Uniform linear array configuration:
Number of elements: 24
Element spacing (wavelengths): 0.75
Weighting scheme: kaiser
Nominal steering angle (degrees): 45
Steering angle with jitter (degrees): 45.081
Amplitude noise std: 0.05
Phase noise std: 0.05

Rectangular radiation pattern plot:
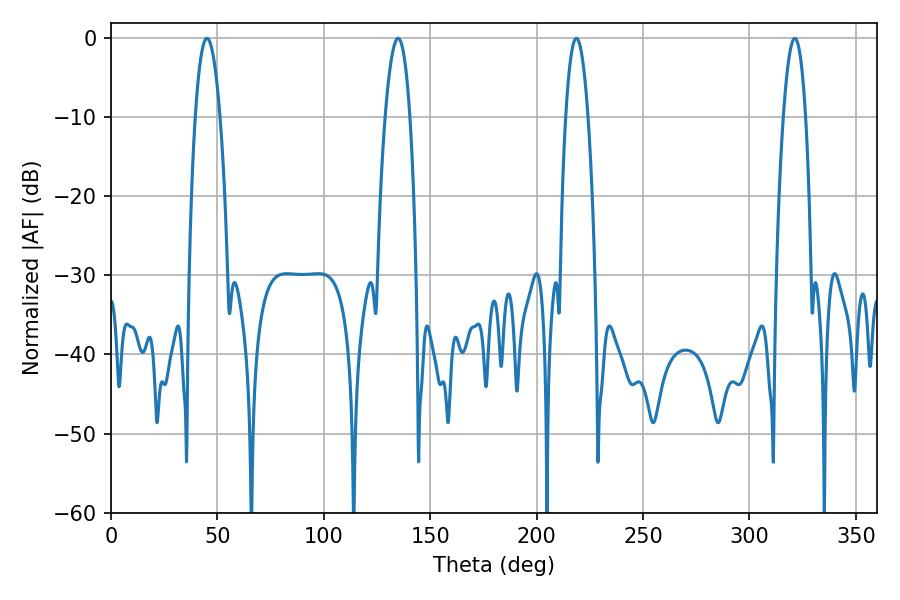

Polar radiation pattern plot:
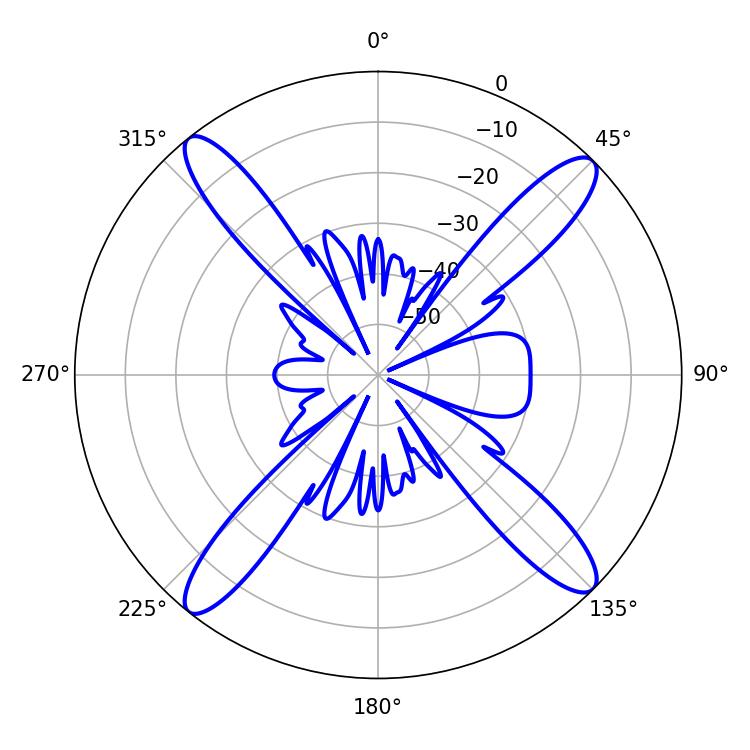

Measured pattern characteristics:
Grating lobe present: TRUE
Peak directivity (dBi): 17.515
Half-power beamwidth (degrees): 5.76
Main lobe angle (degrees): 218.7